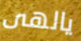
يالهى